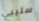
سليبي